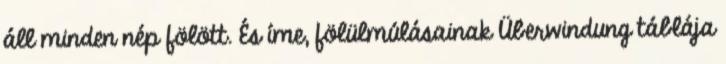
áll minden nép fölött. És íme, fölülmúlásainak Überwindung táblája